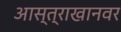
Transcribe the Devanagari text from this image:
आस्त्राखानवर